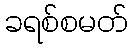
ခရစ်စမတ်